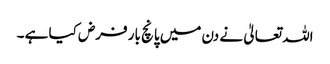
اللہ تعالیٰ نے دن میں پانچ بار فرض کیا ہے ۔